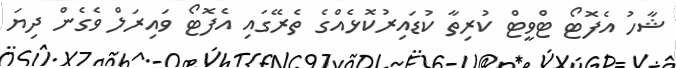
ޝާހު އެފޮޓޯ ޓްވީޓް ކުރިތާ ކުޑައިރުކޮޅެއްގެ ތެރޭގައި އެފޮޓޯ ވައިރަލް ވެގެން ދިޔަ